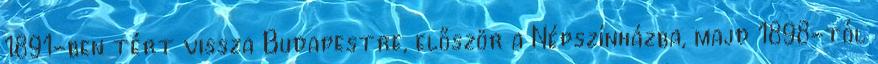
1891-ben tért vissza Budapestre, először a Népszínházba, majd 1898-tól